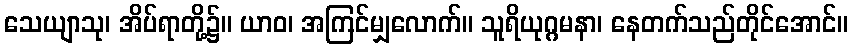
သေယျာသု၊ အိပ်ရာတို့၌။ ယာဝ၊ အကြင်မျှလောက်။ သူရိယုဂ္ဂမနာ၊ နေတက်သည်တိုင်အောင်။